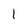
Character: I